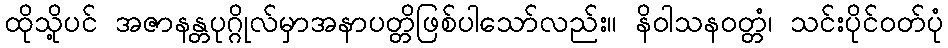
ထိုသို့ပင် အဇာနန္တပုဂ္ဂိုလ်မှာအနာပတ္တိဖြစ်ပါသော်လည်း။ နိဝါသနဝတ္တံ၊ သင်းပိုင်ဝတ်ပုံ